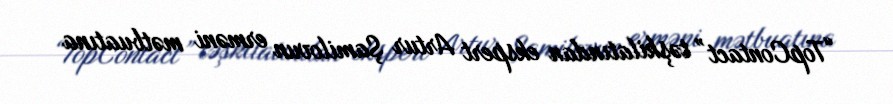
“TopContact” təşkilatından ekspert Artur Şamilovun erməni mətbuatına